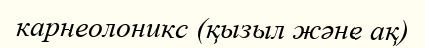
карнеолоникс (қызыл және ақ)